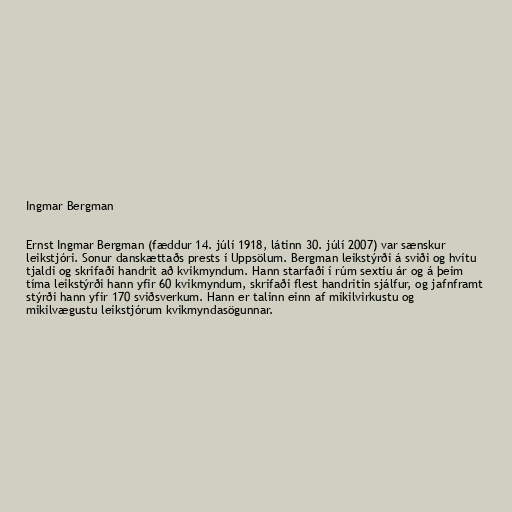
Ingmar Bergman

Ernst Ingmar Bergman (fæddur 14. júlí 1918, látinn 30. júlí 2007) var sænskur
leikstjóri. Sonur danskættaðs prests í Uppsölum. Bergman leikstýrði á sviði og hvítu
tjaldi og skrifaði handrit að kvikmyndum. Hann starfaði í rúm sextíu ár og á þeim
tíma leikstýrði hann yfir 60 kvikmyndum, skrifaði flest handritin sjálfur, og jafnframt
stýrði hann yfir 170 sviðsverkum. Hann er talinn einn af mikilvirkustu og
mikilvægustu leikstjórum kvikmyndasögunnar.